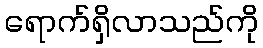
ရောက်ရှိလာသည်ကို